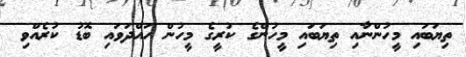
ތިޔަބައި މީހުންނާއި ތިޔަބައި މީހުންގެ ކުރީގެ މީހުން ހައްދަވައި ބޮޑު ކުރެއްވި